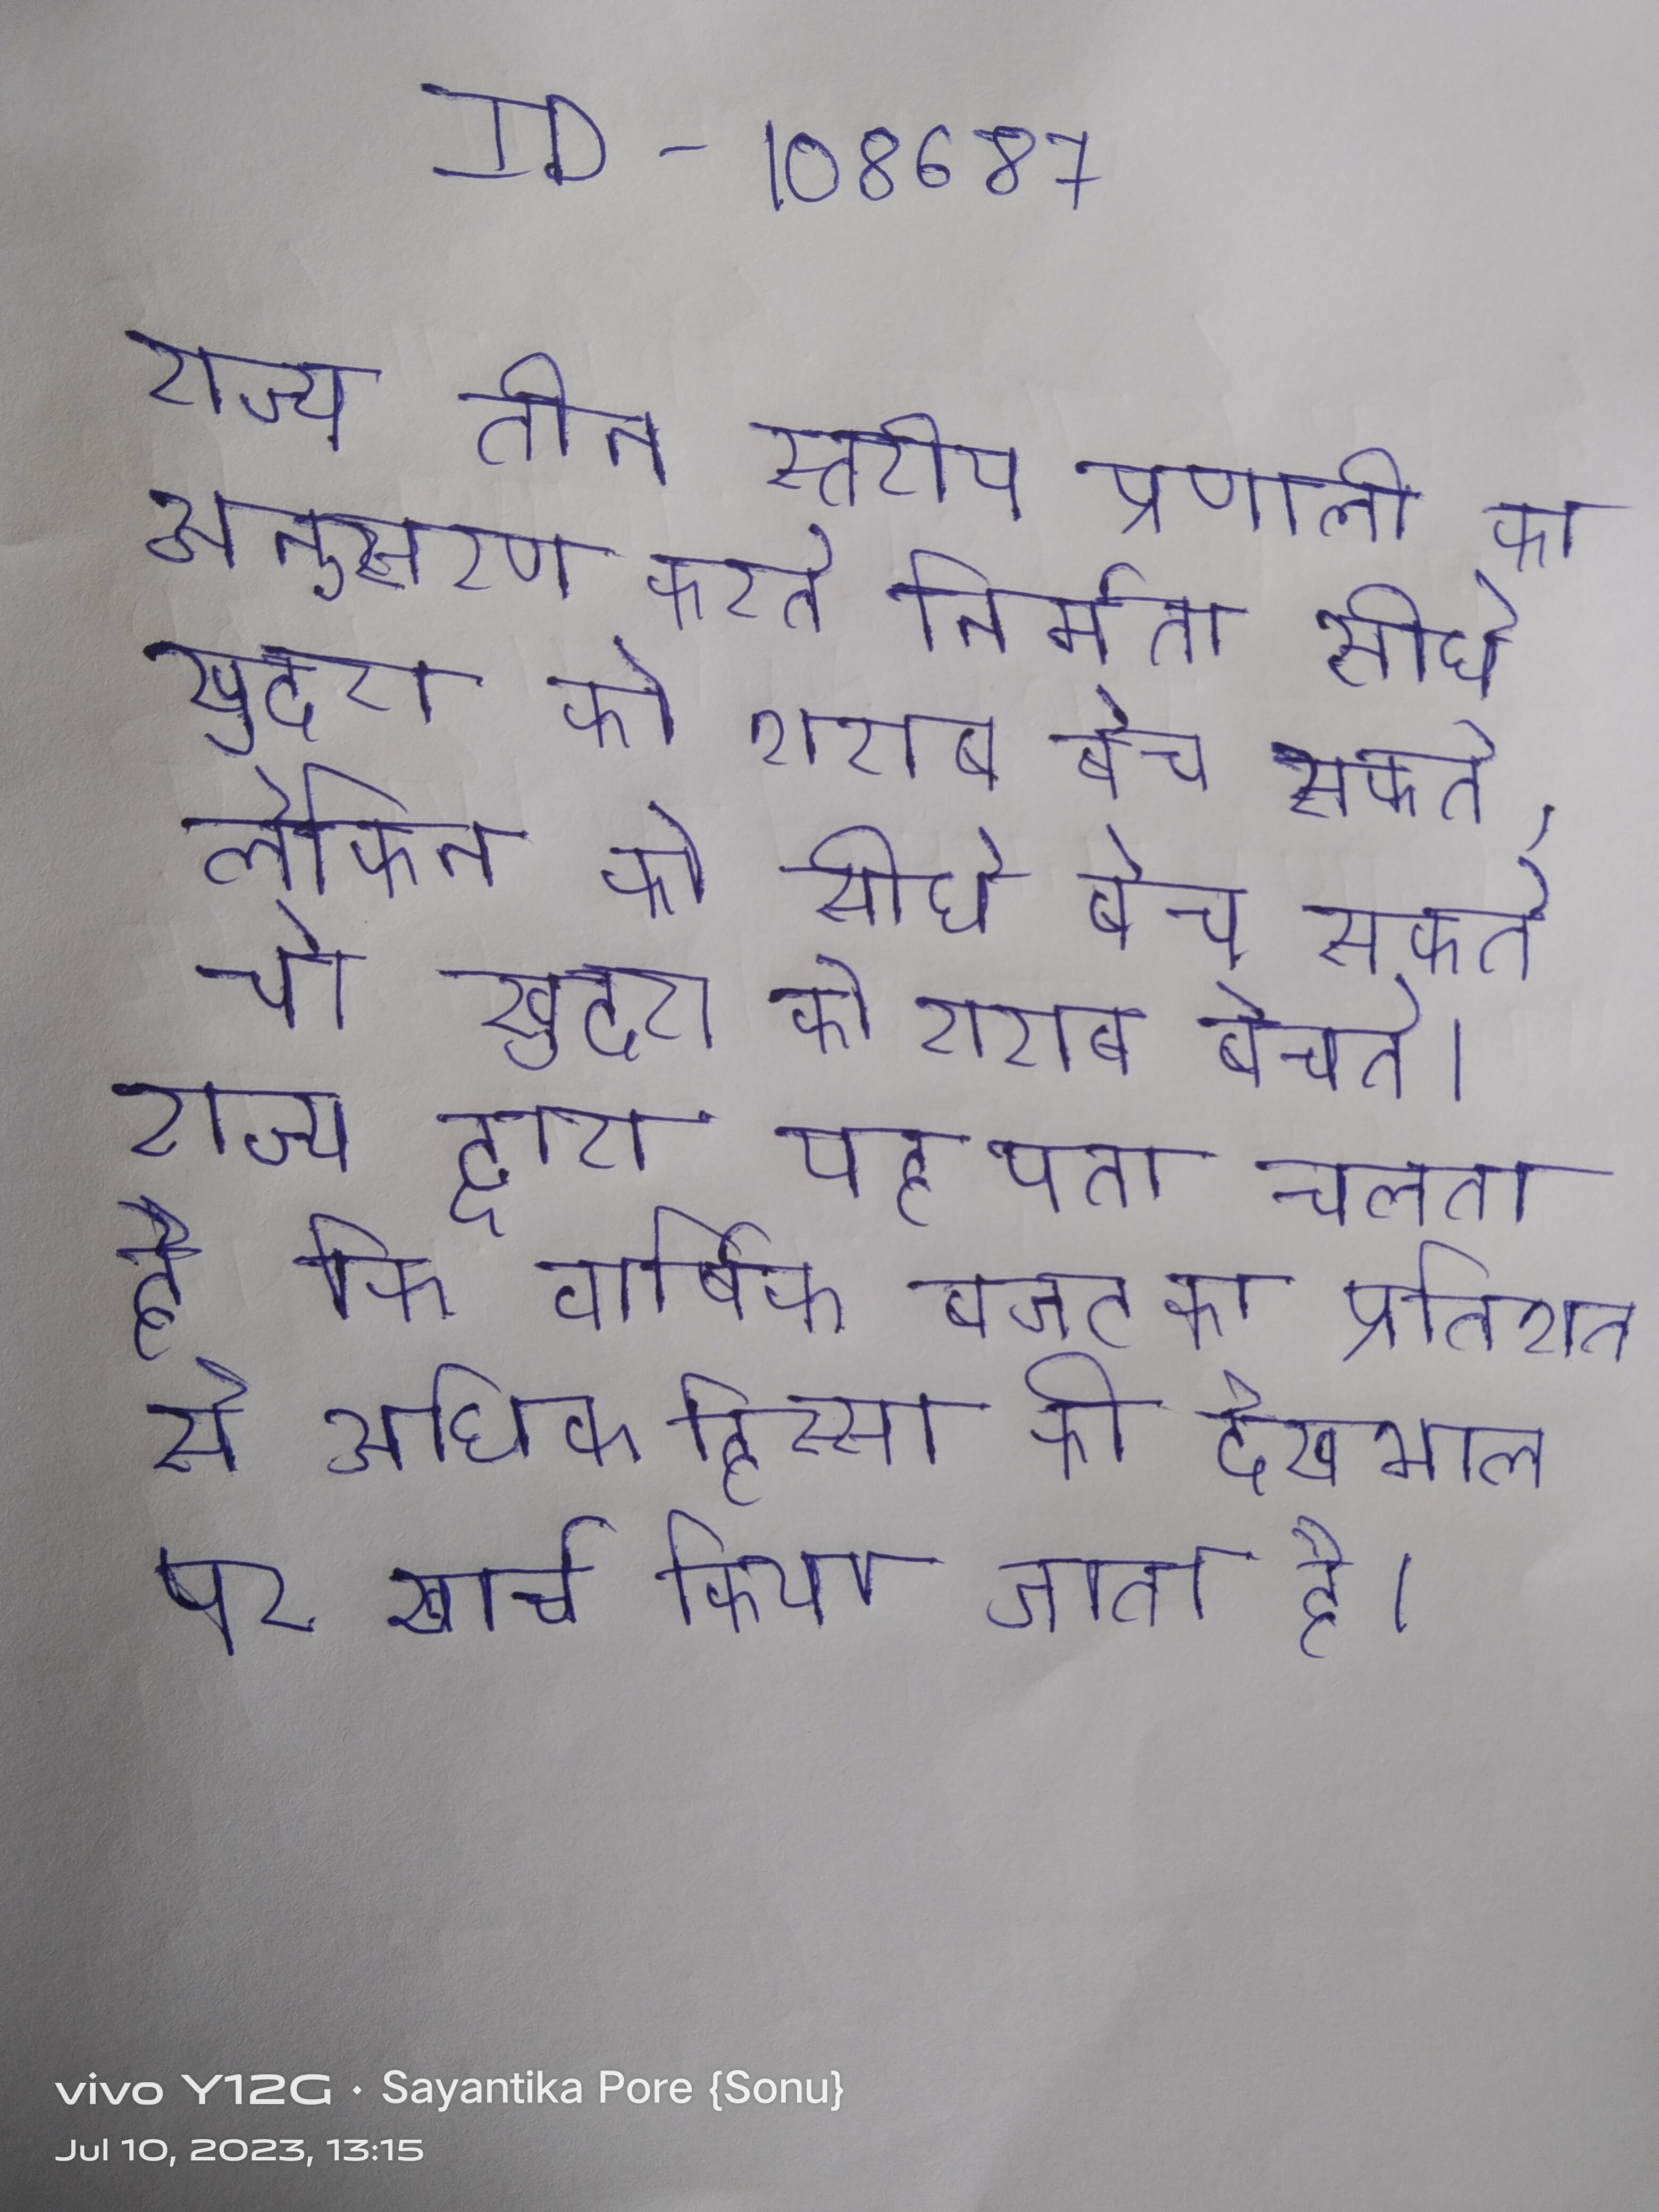
राज्य तीन स्तरीय प्रणाली का अनुसरण करते निर्माता सीधे खुदरा को शराब बेच सकते, लेकिन को सीधे बेच सकते जो खुदरा को शराब बेचते । राज्य द्वारा यह पता चलता है कि वार्षिक बजट का प्रतिशत से अधिक हिस्सा की देखभाल पर खर्च किया जाता है ।